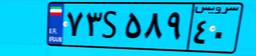
۳۷S۹۷۱۳۵